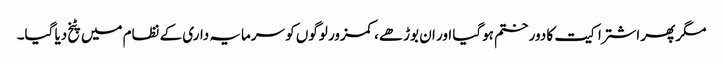
مگر پھر اشتراکیت کا دور ختم ہوگیا اور ان بوڑھے، کمزور لوگوں کو سرمایہ داری کے نظام میں پٹخ دیا گیا۔